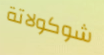
شوكولاتة